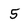
Character: 5